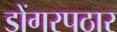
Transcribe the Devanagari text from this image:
डोंगरपठार